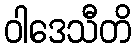
ဝါဒေသီတိ